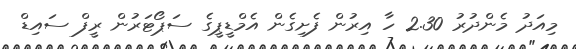
މިއަދު މެންދުރު 2.30 ހާ އިރުން ފެށިގެން އެމްޑީޕީގެ ސަޕޯޓަރުން ރީފް ސައިޑް